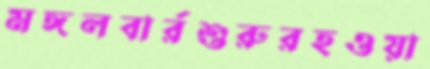
মঙ্গলবার্রশুরুরহওয়া